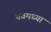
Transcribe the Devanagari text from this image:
यवमध्या